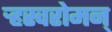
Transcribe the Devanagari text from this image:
र्‍हस्वरोमन्